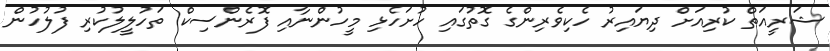
ޝަރީއަތް ކުރިއަށް ދިޔައިރު ހެކިވެރިންގެ ގޮތުގައި ހުށަހެޅި މީހުންނާއި ފޮރެންސިކް ތަހުލީލުކުރި ފުލުހުން